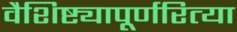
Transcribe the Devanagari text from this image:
वैशिष्ट्यापूर्णरित्या